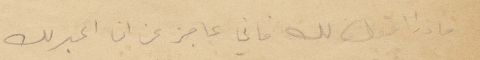
ماذا أقول لك فاني اعجز عن ان اعبر لك